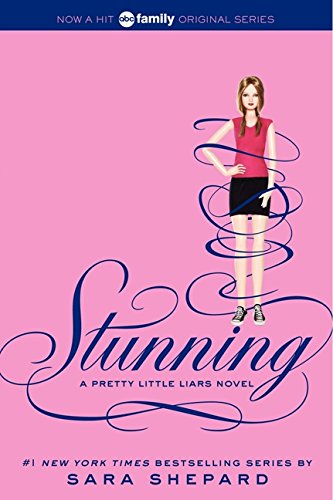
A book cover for Pretty Little Liars #11: Stunning; Sara Shepard; Teen & Young Adult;